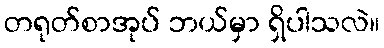
တရုတ်စာအုပ် ဘယ်မှာ ရှိပါသလဲ။